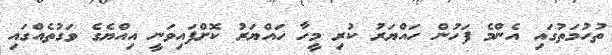
ތުހުމަތުގައި އެންމެ ފަހުން ހައްޔަރު ކުރި މީހާ ހައްޔަރު ކޮށްފައިވަނީ އިއްޔެގެ ވަގުތެއްގައި